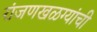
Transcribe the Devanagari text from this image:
रांजणखळग्यांची